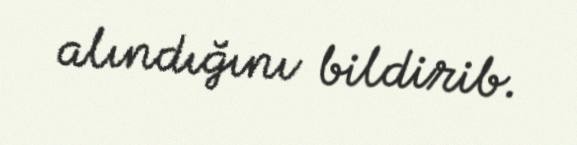
alındığını bildirib.